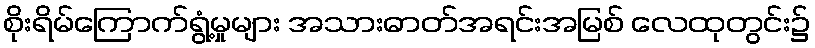
စိုးရိမ်ကြောက်ရွံ့မှုများ အသားဓာတ်အရင်းအမြစ် လေထုတွင်း၌